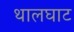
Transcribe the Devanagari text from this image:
थालघाट